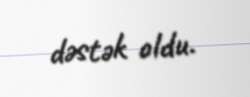
dəstək oldu.